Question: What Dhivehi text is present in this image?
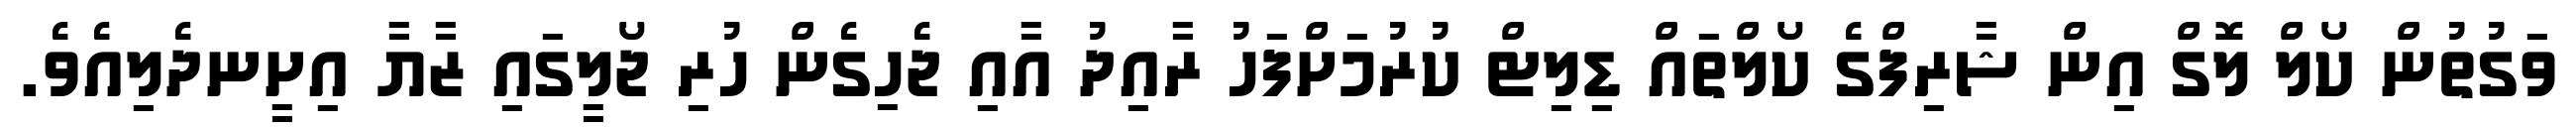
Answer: ވަގުތުން ކޯލް ލޮގް އިން ޝާރިފްގެ ކޯލްތައް ޑިލިޓް ކުރުމަށްފަހު ރާއިދު އާއި ޖެހިގެން ހުރި ޖޯލީގައި ޒާޔާ އިށީނދެލިއެވެ.